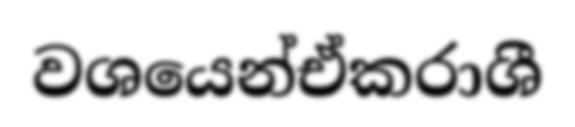
වශයෙන්ඒකරාශී